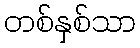
တစ်နှစ်သာ